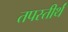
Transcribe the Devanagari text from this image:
तपस्तीर्थं